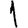
Digit: 1